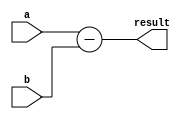
module fixed_point_subtractor (
    input wire signed [N-1:0] a,
    input wire signed [N-1:0] b,
    output wire signed [N-1:0] result
);

// Define parameter N for fixed-point precision
parameter N = 8;

// Declare internal wire for extended sign of input b
wire signed [N:0] b_ext;

// Sign extension of input b
assign b_ext = {{(N-1){b[N-1]}}, b};

// Subtract input b from input a
assign result = a - b_ext;

endmodule